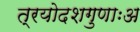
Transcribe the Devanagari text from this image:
त्रयोदशगुणाःअ